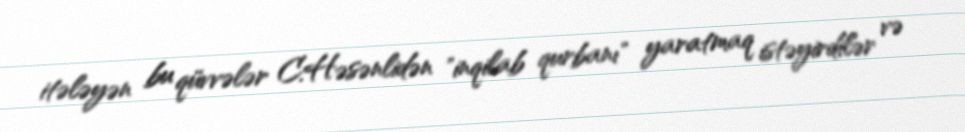
itələyən bu qüvvələr C.Həsənlidən "inqilab qurbanı" yaratmaq istəyirdilər və